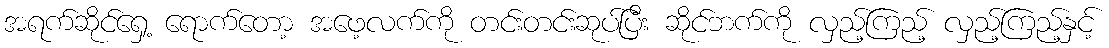
အရက်ဆိုင်ရှေ့ ရောက်တော့ အဖေ့လက်ကို တင်းတင်းဆုပ်ပြီး ဆိုင်ဘက်ကို လှည့်ကြည့် လှည့်ကြည့်နှင့်